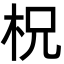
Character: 柷